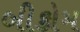
બીકોમ